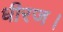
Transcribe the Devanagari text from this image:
धीरज।